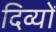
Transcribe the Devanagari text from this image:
दिव्यों